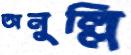
অনুল্লি